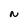
Character: N